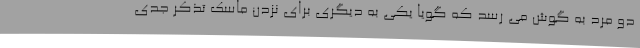
دو مرد به گوش می رسد که گویا یکی به دیگری برای نزدن ماسک تذکر جدی